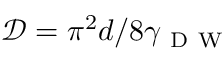
{ \mathcal { D } } = \pi { ^ 2 } d / 8 \gamma _ { \mathrm { ~ D ~ W ~ } }